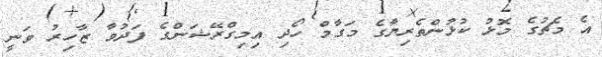
އެ މެޗުގެ މޮޅު ކުޅުންތެރިޔާގެ މަގާމް ހޯދި އިމިގްރޭޝަންގެ ފަދުވާ ޒާހިރު ވަނީ